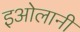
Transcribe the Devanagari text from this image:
इओलानी